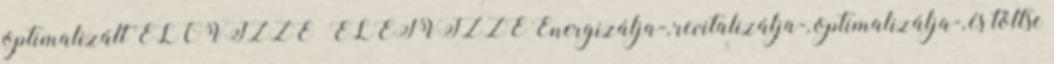
optimalizált ÉLŐVÍZZÉ ÉLETVÍZZÉ Energizálja-, revitalizálja-, optimalizálja-, és töltse